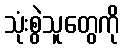
သုံးစွဲသူတွေကို